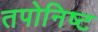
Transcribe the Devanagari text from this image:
तपोनिष्ट